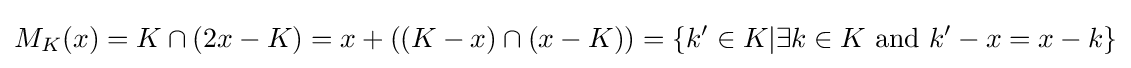
{M_{K}}(x)=K\cap (2x-K)=x+((K-x)\cap (x-K))=\{k'\in K|\exists k\in K{\text{ and }}k'-x=x-k\}